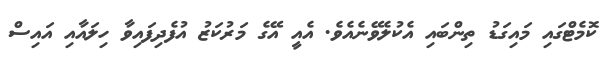
ކޮމެޓްގައި މައިގަޑު ތިންބައި އެކުލެވޭނެއެވެ. އެއީ އޭގެ މަރުކަޒު އުފެދިފައިވާ ހިލައާއި އައިސް